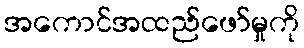
အကောင်အထည်ဖော်မှုကို